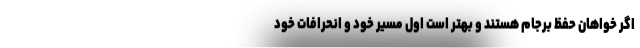
اگر خواهان حفظ برجام هستند و بهتر است اول مسیر خود و انحرافات خود